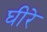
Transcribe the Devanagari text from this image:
घीरे